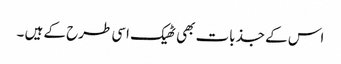
اس کے جذبات بھی ٹھیک اسی طرح کے ہیں ۔